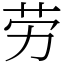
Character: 劳